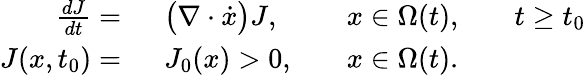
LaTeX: \begin{array}{rlrlrl}{\frac{dJ}{dt}=\ }&{{}\big(\nabla\cdot\dot{x}\big)J,}&{}&{{}x\in\Omega(t),}&{}&{{}t\geq t_{0}}\\ {J(x,t_{0})=\ }&{{}J_{0}(x)>0,}&{}&{{}x\in\Omega(t).}\end{array}